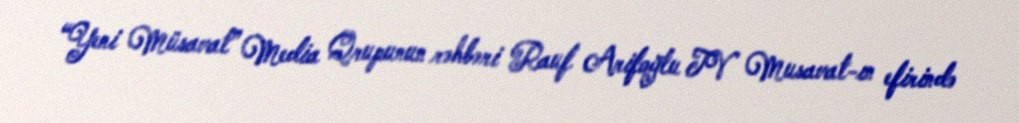
“Yeni Müsavat” Media Qrupunun rəhbəri Rauf Arifoğlu TV Musavat-ın efirində